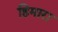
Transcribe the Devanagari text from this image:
हिमारा